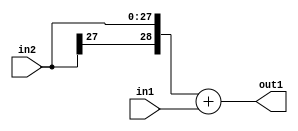
`timescale 1ps / 1ps
/*****************************************************************************
    Verilog RTL Description
    
    
    Created by: Stratus DpOpt 2019.1.01 
*******************************************************************************/

module GaussianFilter_Add_28Sx1U_29S_1 (
	in2,
	in1,
	out1
	); /* architecture "behavioural" */ 
input [27:0] in2;
input  in1;
output [28:0] out1;
wire [28:0] asc001;

assign asc001 = 
	+({in2[27], in2})
	+(in1);

assign out1 = asc001;
endmodule

/* CADENCE  ubH2Tgo= : u9/ySgnWtBlWxVPRXgAZ4Og= ** DO NOT EDIT THIS LINE ******/